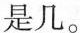
是几。